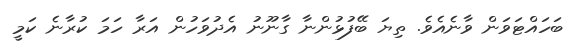
ބަހައްޓަވަން ވާނެއެވެ. ތިޔަ ބޭފުޅުންނާ ގާނޫނު އެދުވަހުން އަރާ ހަމަ ކުރާނެ ކަމީ